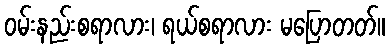
ဝမ်းနည်းစရာလား၊ ရယ်စရာလား မပြောတတ်။